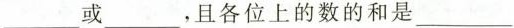
___或___，且各位上的数的和是___